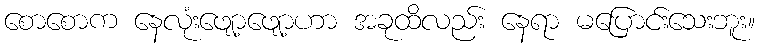
စောစောက နေလုံးဖျော့ဖျော့ဟာ အခုထိလည်း နေရာ မပြောင်းသေးဘူး။